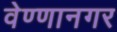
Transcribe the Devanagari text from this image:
वेण्णानगर